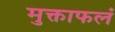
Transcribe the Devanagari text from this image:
मुक्ताफलं